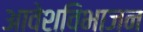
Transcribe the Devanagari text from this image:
आवेशविभाजन